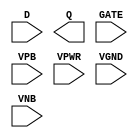
module sky130_fd_sc_ms__dlxtp (
    //# {{data|Data Signals}}
    input  D   ,
    output Q   ,

    //# {{clocks|Clocking}}
    input  GATE,

    //# {{power|Power}}
    input  VPB ,
    input  VPWR,
    input  VGND,
    input  VNB
);
endmodule